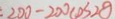
: 2 0 0 - 2 0 0 \cos 2 \theta